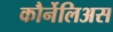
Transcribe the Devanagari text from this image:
कौर्नेलिअस